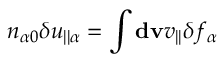
n _ { \alpha 0 } \delta u _ { | | \alpha } = \int \mathbf { d v } v _ { | | } \delta f _ { \alpha }